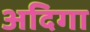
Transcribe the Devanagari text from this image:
अदिगा